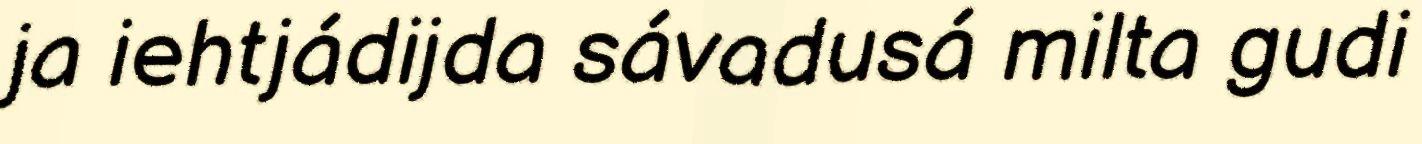
ja iehtjádijda sávadusá milta gudi